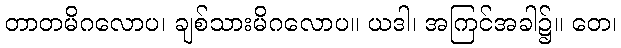
တာတမိဂလောပ၊ ချစ်သားမိဂလောပ။ ယဒါ၊ အကြင်အခါ၌။ တေ၊